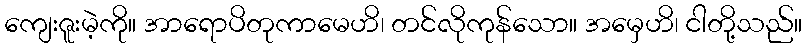
ကျေးဇူးမဲ့ကို။ အာရောပိတုကာမေဟိ၊ တင်လိုကုန်သော။ အမှေဟိ၊ ငါတို့သည်။